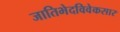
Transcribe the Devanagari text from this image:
जातिभेदविवेकसार